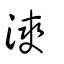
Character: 漺